Civil Veterinary Dept. Bombay admin report 1907-1913 - 1907-1913
Year: 1907
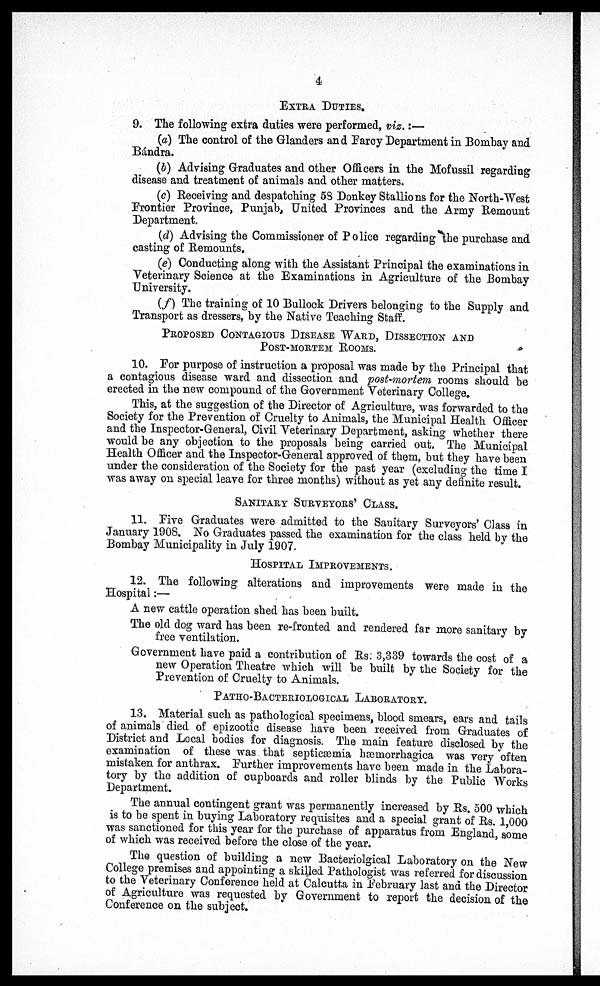
4
EXTRA DUTIES.
9. The following extra duties were performed, viz.:—
(a) The control of the Glanders and Farcy Department in Bombay and
Bándra.
(5) Advising Graduates and other Officers in the Mofussil regarding
disease and treatment of animals and other matters.
(c) Receiving and despatching 5S Donkey Stallions for the North-West
Frontier Province, Punjab, United Provinces and the Army Remount
Department.
(d) Advising the Commissioner of Police regarding the purchase and
casting of Remounts.
(e) Conducting along with the Assistant Principal the examinations in
Veterinary Science at the Examinations in Agriculture of the Bombay
University.
(f) The training of 10 Bullock Drivers belonging to the Supply and
Transport as dressers, by the Native Teaching Staff.
PROPOSED CONTAGIOUS DISEASE WARD, DISSECTION AND
POST-MORTEM ROOMS.
10. For purpose of instruction a proposal was made by the Principal that
a contagious disease ward and dissection and post-mortem rooms should be
erected in the new compound of the Government Veterinary College.
This, at the suggestion of the Director of Agriculture, was forwarded to the
Society for the Prevention of Cruelty to Animals, the Municipal Health Officer
and the Inspector-General, Civil Veterinary Department, asking whether there
would be any objection to the proposals being carried out. The Municipal
Health Officer and the Inspector-General approved of them, but they have been
under the consideration of the Society for the past year (excluding the time I
was away on special leave for three months) without as yet any definite result.
SANITARY SURVEYORS' CLASS.
11. Five Graduates were admitted to the Sanitary Surveyors' Class in
January 1908. No Graduates passed the examination for the class held by the
Bombay Municipality in July 1907.
HOSPITAL IMPROVEMENTS.
12. The following alterations and improvements were made in the
Hospital:—
A new cattle operation shed has been built.
The old dog ward has been re-fronted and rendered far more sanitary by
free ventilation.
Government have paid a contribution of Rs: 3,339 towards the cost of a
new Operation Theatre which will be built by the Society for the
Prevention of Cruelty to Animals.
PATHOS-BACTERIOLOGICAL LABORATORY.
13. Material such as pathological specimens, blood smears, ears and tails
of animals died of epizootic disease have been received from Graduates of
District and Local bodies for diagnosis. The main feature disclosed by the
examination of these was that septicæmia hæmorrhagica was very often
mistaken for anthrax. Further improvements have been made in the Labora-
tory by the addition of cupboards and roller blinds by the Public Works
Department.
The annual contingent grant was permanently increased by Rs. 500 which
is to be spent in buying Laboratory requisites and a special grant of Rs. 1,000
was sanctioned for this year for the purchase of apparatus from England, some
of which was received before the close of the year.
The question of building a new Bacteriolgical Laboratory on the New
College premises and appointing a skilled Pathologist was referred for discussion
to the Veterinary Conference held at Calcutta in February last and the Director
of Agriculture was requested by Government to report the decision of the
Conference on the subject.